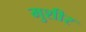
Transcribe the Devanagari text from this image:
मुशीर